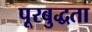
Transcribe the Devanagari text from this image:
पूरबुद्धता